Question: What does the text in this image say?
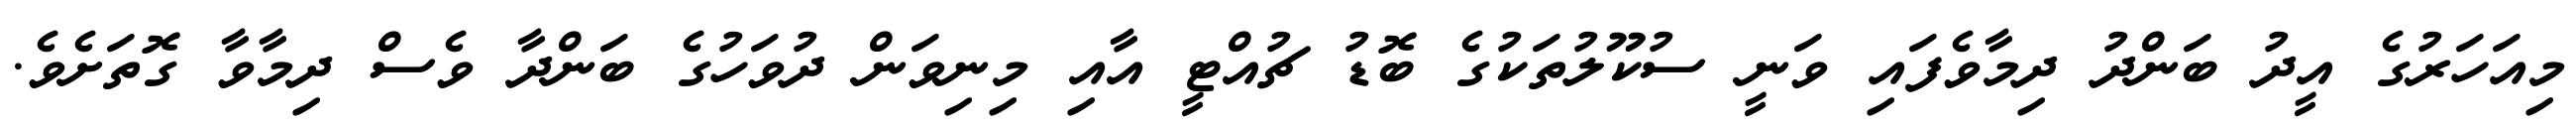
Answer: މިއަހަރުގެ އީދު ބަންދު ދިމާވެފައި ވަނީ ސުކޫލުތަކުގެ ބޮޑު ޗުއްޓީ އާއި މިނިވަން ދުވަހުގެ ބަންދާ ވެސް ދިމާވާ ގޮތަށެވެ.